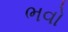
ભવો